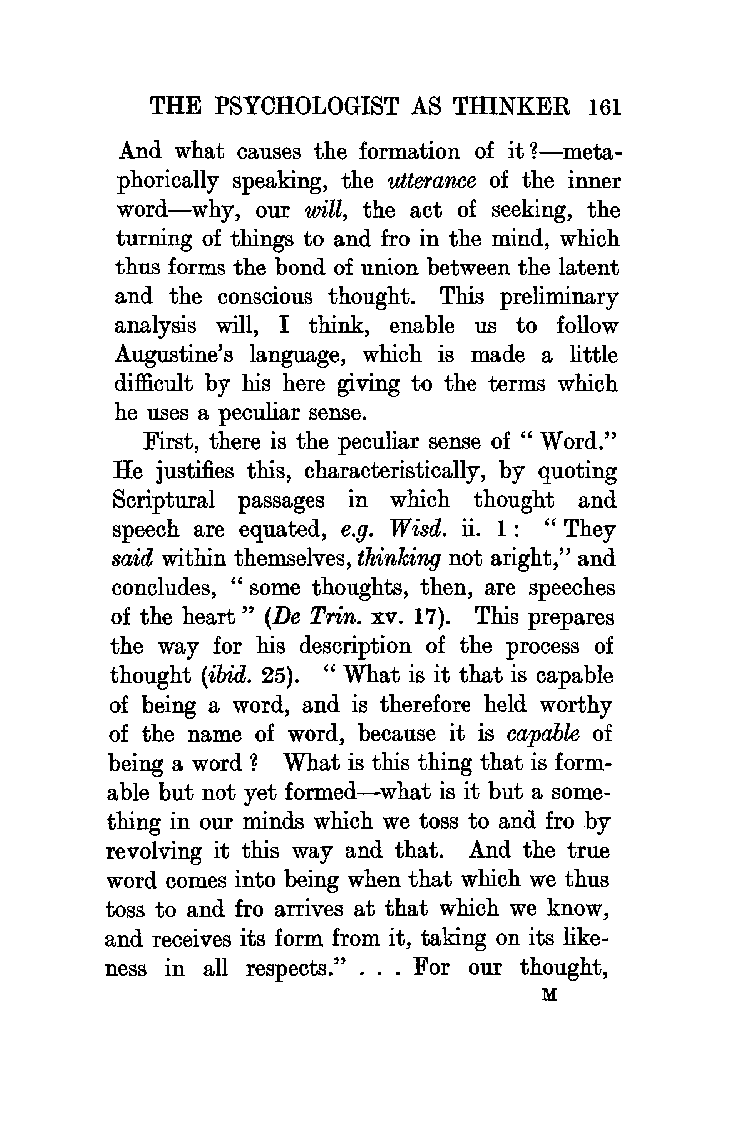
THE PSYCHOLOGIST AS THINKER  161
 And what causes the formation of it ?-meta
 phorically speaking, the utterance of the inner
 word-why, our will, the act of seeking, the
 turning of things to and fro in the mind, which
 thus forms the bond of union between the latent
 and the conscious thought. This preliminary
 analysis will, I think, enable us to follow
 Augustine's language, which is made a little
 difficult by his here giving to the terms which
 he uses a peculiar sense.
 First, there is the peculiar sense of " Word."
 He justifies this, characteristically, by quoting
 Scriptural passages in which thought and
 speech are equated, e.g. W isd. ii. 1 : " They
 said within themselves, thinking not aright," and
 concludes, " some thoughts, then, are speeches
 of the heart" (De Trin. xv. 17). This prepares
 the way for his description of the process of
 thought (ibid. 25). " What is it that is capable
 of being a word, and is therefore held worthy
 of the name of word, because it is capable of
 being a word? What is this thing that is form
 able but not yet formed-what is it but a some
 thing in our minds which we toss to and fro by
 revolving it this way and that. And the true
 word comes into being when that which we thus
 toss to and fro arrives at that which we know,
 and receives its form from it, taking on its like
 ness in all respects." . . . For our thought,
 M